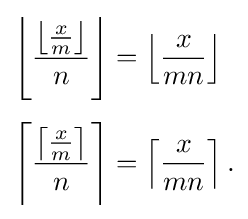
{\begin{aligned}\left\lfloor {\frac {\left\lfloor {\frac {x}{m}}\right\rfloor }{n}}\right\rfloor &=\left\lfloor {\frac {x}{mn}}\right\rfloor \\[4px]\left\lceil {\frac {\left\lceil {\frac {x}{m}}\right\rceil }{n}}\right\rceil &=\left\lceil {\frac {x}{mn}}\right\rceil .\end{aligned}}